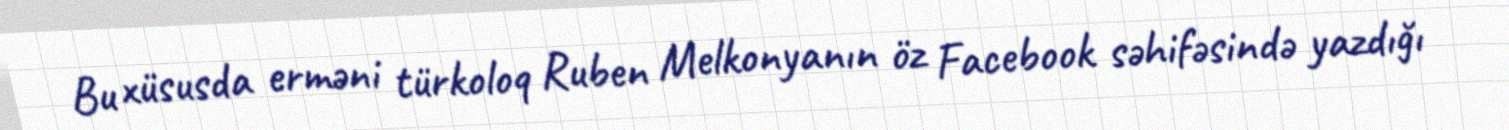
Bu xüsusda erməni türkoloq Ruben Melkonyanın öz Facebook səhifəsində yazdığı